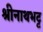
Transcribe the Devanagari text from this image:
श्रीनाथभट्ट